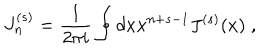
J _ { n } ^ { ( s ) } = \frac { 1 } { 2 \pi i } \oint d x x ^ { n + s - 1 } J ^ { ( s ) } ( x ) \; ,